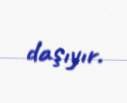
daşıyır.